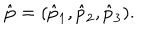
\hat { \bf p } = ( \hat { p } _ { 1 } , \hat { p } _ { 2 } , \hat { p } _ { 3 } ) .